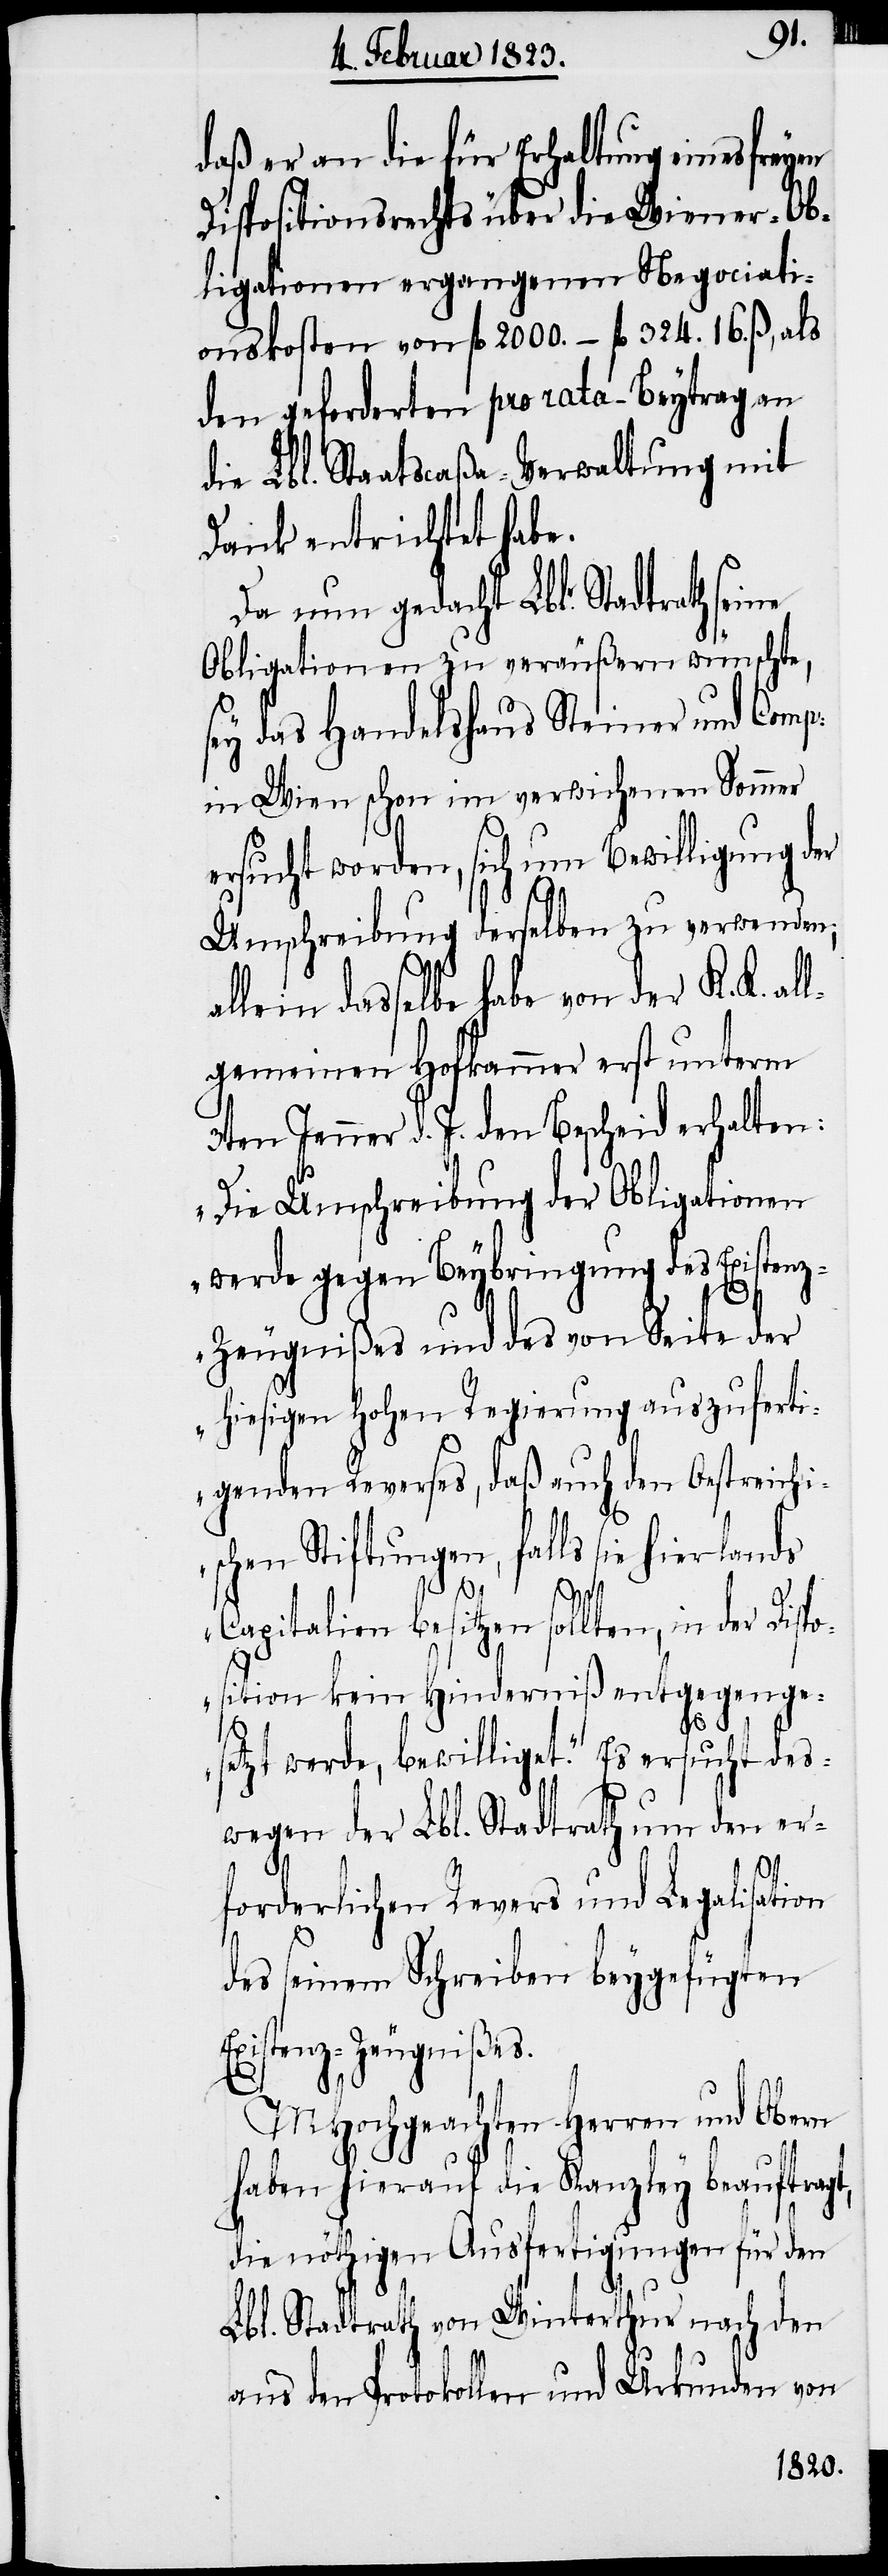
daß er an die für Erhaltung eines freyen
Dispositionsrechts über die Wiener-Ob¬
ligationen ergangenen Negociati¬
onskosten von fl. 2000. – fl. 324. 16. ß., als
den geforderten pro rata-Beytrag an
die Lbl. Staatscaßa-Verwaltung mit
Dank entrichtet habe.
Da nun gedacht Lblr. Stadtrath seine
Obligationen zu veräußern wünschte,
sey das Handelshaus Steiner und Comp:
in Wien schon im verwichenen Sommer
ersucht worden, sich um Bewilligung der
Umschreibung derselben zu verwenden;
allein dasselbe habe von der K. K. al¬
lgemeinen Hofkammer erst unterm
3ten Jenner d. J. den Bescheid erhalten:
„Die Umschreibung der Obligationen
werde gegen Beybringung des Existen¬
z-Zeugnißes und des von Seite der
hiesigen Hohen Regierung auszuferti¬
genden Reverses, daß auch den Oestreichi¬
schen Stiftungen, falls sie hierlands
E¬
Capitalien besitzen sollten, in der Dis¬
position kein Hinderniß entgegenge¬
setzt werde, bewilliget.“ Es ersucht des¬
wegen der Lbl. Stadtrath um den er¬
forderlichen Revers und Legalisation
des seinem Schreiben beygefügten
xistenz-Zeugnißes.
MHochgeachten Herren und Obern
haben hierauf die Kanzley beauftragt,
die nöthigen Ausfertigungen für den
Lbl. Stadtrath von Winterthur nach den
aus den Protokollen und Urkunden von